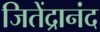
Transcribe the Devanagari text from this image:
जितेंद्रानंद